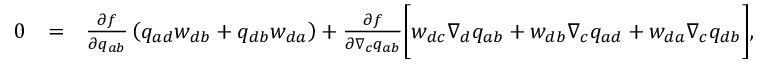
\begin{array} { r l r } { 0 } & { = } & { \frac { \partial f } { \partial q _ { a b } } \left( q _ { a d } w _ { d b } + q _ { d b } w _ { d a } \right) + \frac { \partial f } { \partial \nabla _ { c } q _ { a b } } \bigg [ w _ { d c } \nabla _ { d } q _ { a b } + w _ { d b } \nabla _ { c } q _ { a d } + w _ { d a } \nabla _ { c } q _ { d b } \bigg ] , } \end{array}